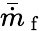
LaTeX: \bar{\dot{m}}_{\mathrm{~f~}}